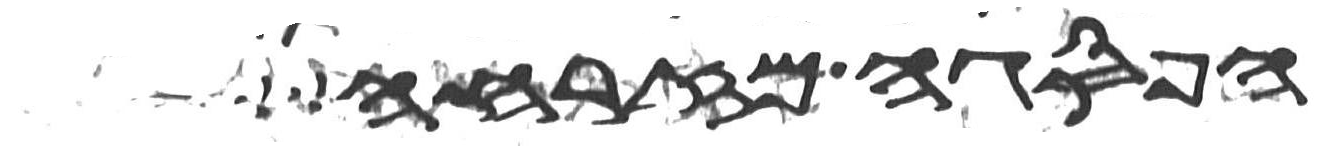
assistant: הפסגה מזרחה